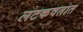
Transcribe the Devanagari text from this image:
लटकवतात